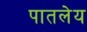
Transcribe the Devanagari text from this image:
पातलेय